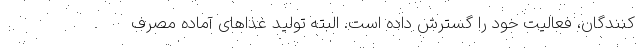
کنندگان، فعالیت خود را گسترش داده است. البته تولید غذاهای آماده مصرف